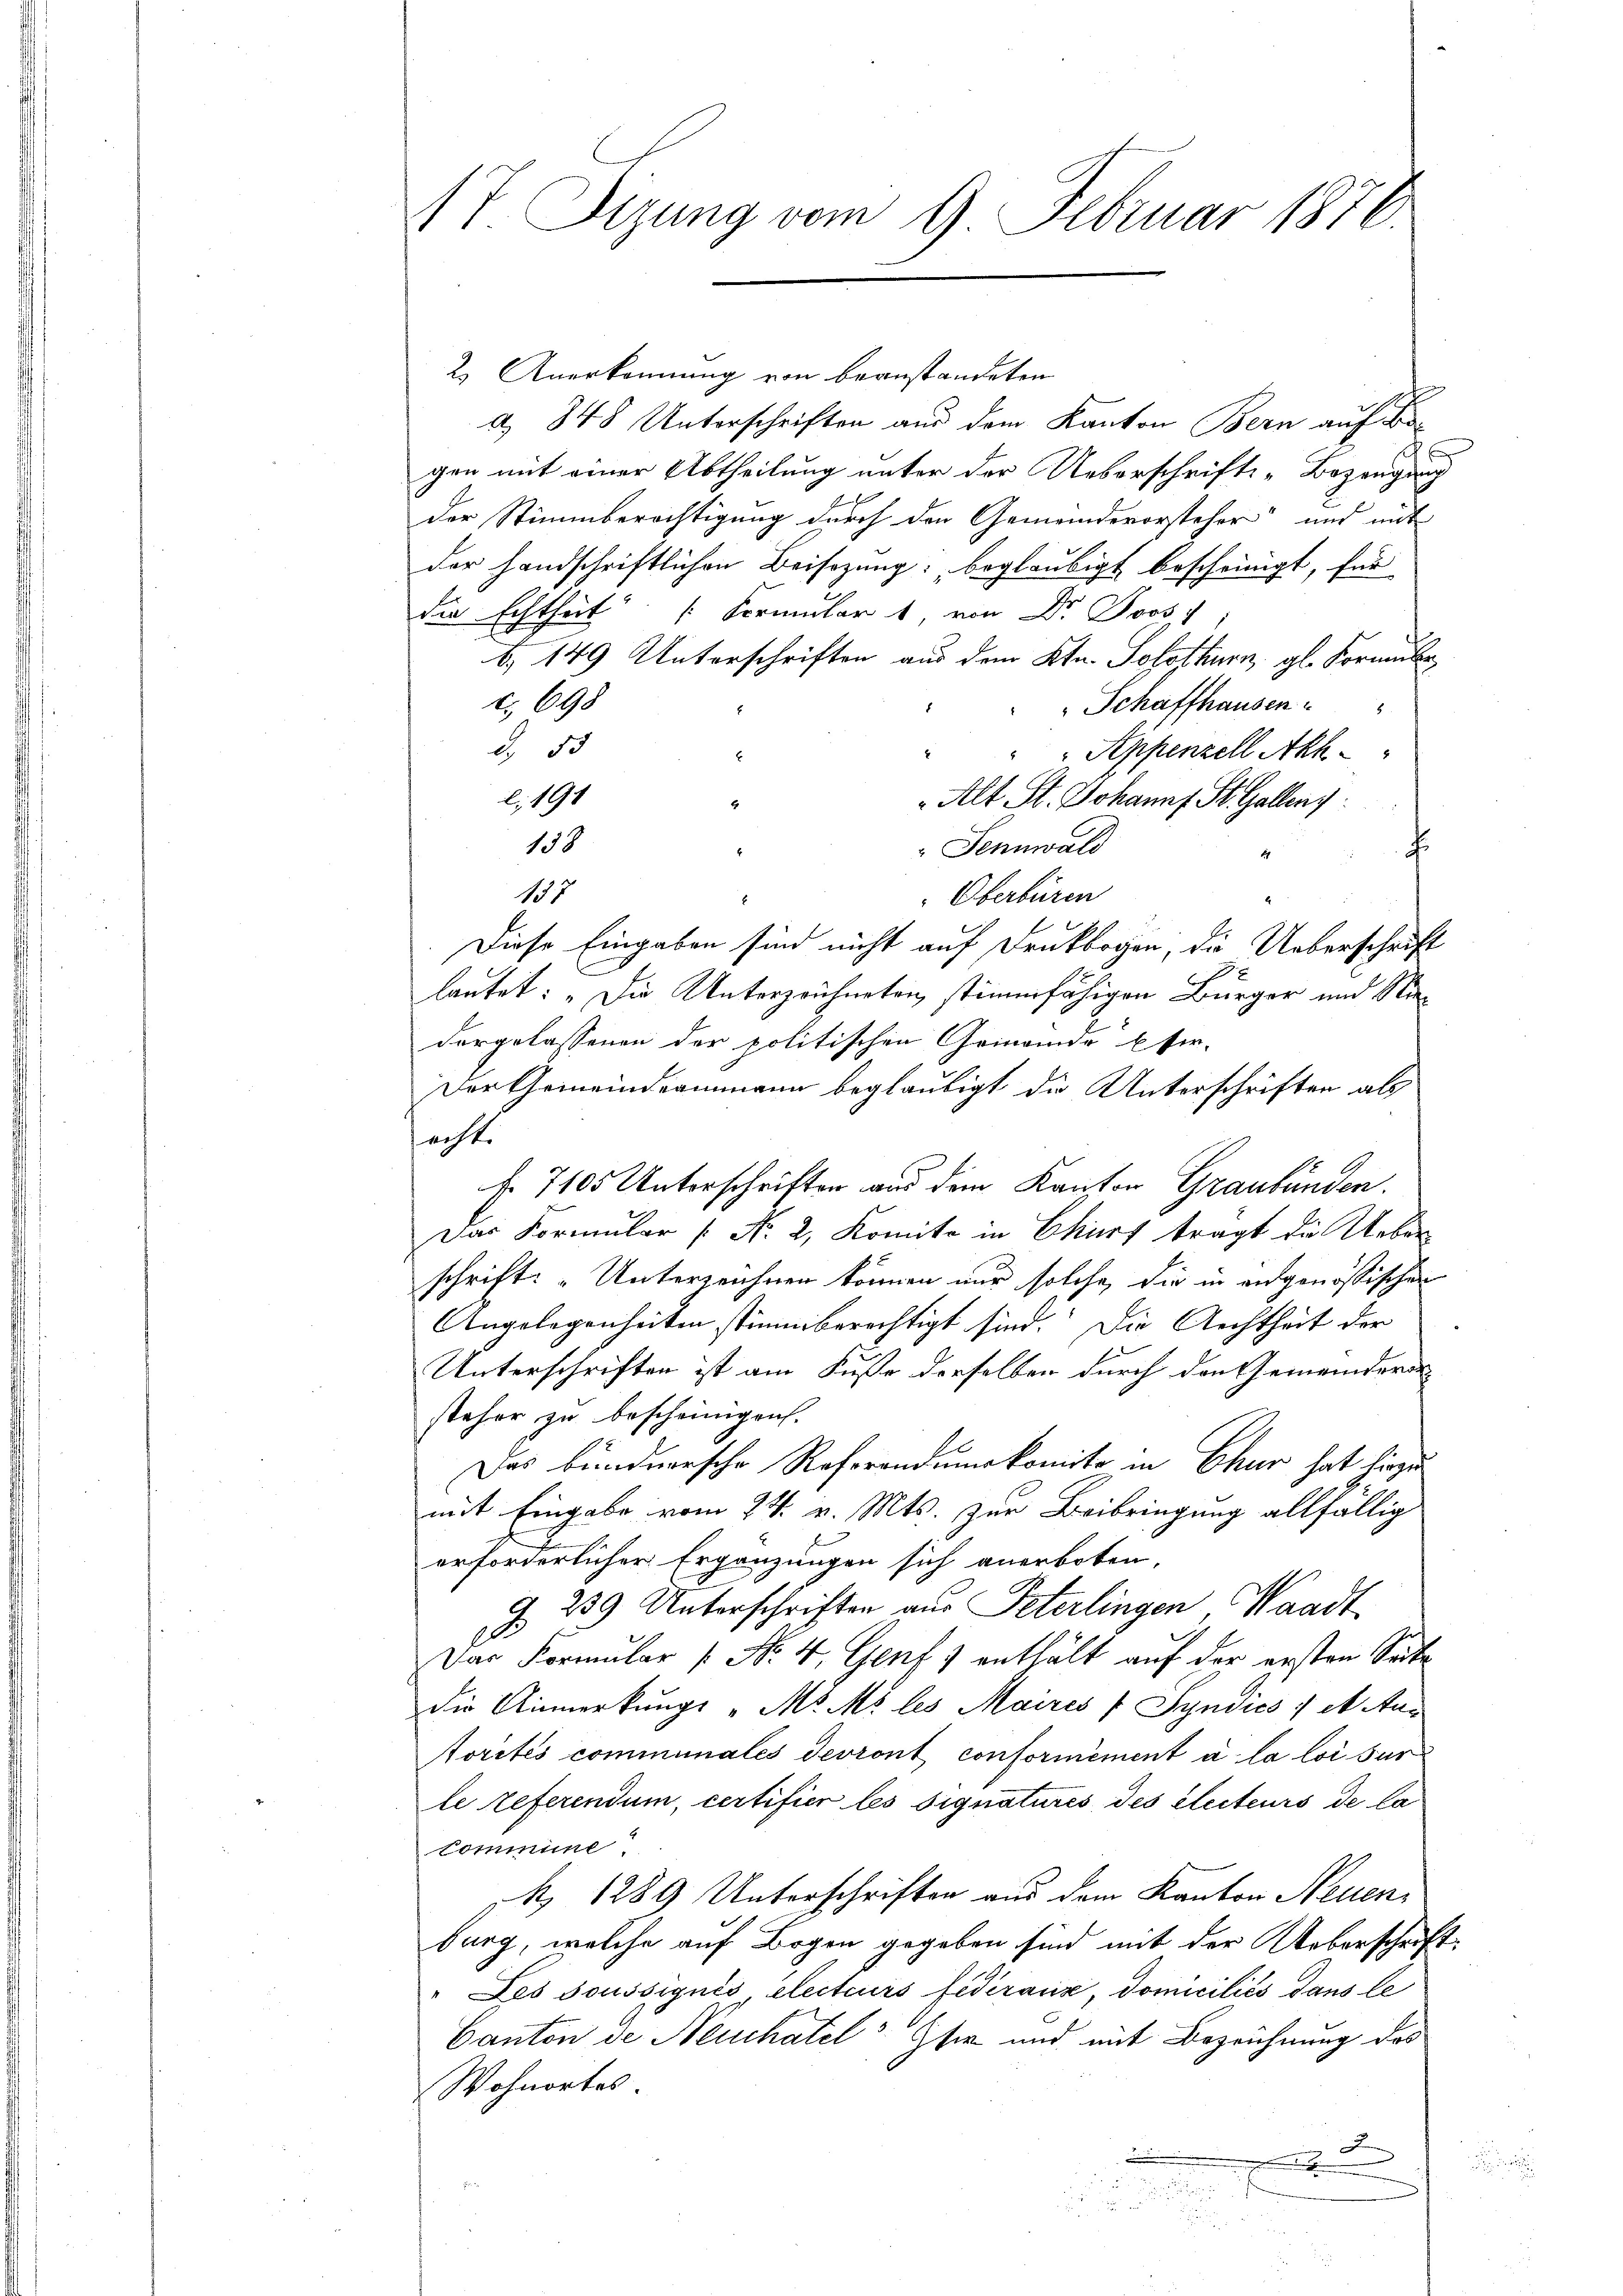
1t. Sizung vom 9. Februar 1876.

2. Anerkennung von beanstandeten
a 848 Unterschriften aus dem Kanton Bern auf
gen mit einer Abtheilung unter der Ueberschrifts-Bezeugung
der Stimmberechtigung durch den Gemeindevorsteher“ und mit
der Handschriftlichen Beisezung beglaubigt bescheinigt, für
die Echtheit Formular 1, von Dr. Joos
b. 149 Unterschriften aus dem Ktn. Solothurn, gl. Formulec, 698
Schaffhausen."
d., 55
Appenzell Ah
x
l.191
Alt St. Johann St. Gallens
4
158
" Sennwald
F
137
Oberbüren
Diese Eingaben sind nicht auf Druckbogen, die Ueberschrift
lautet: „Die Unterzeichneten, stimmfähigen Bürger und Niedergelassenen der politischen Gemeinde Eser-
Der Gemeindeammann beglaubigt die Unterschriften als
echt.
f. 7105 Unterschriften aus dem Kanton Graubünden.
Das Formular [No 2. Komite in Ekurs tragt die Ueber
schrift: „Unterzeichnen können nur solche, die in angenössischen
Angelegenheiten stimmberechtigt sind. Die Archtheit der
Unterschriften ist am Fuße derselben durch den Gemeinderun
steher zu bescheinigen.
Das bundnersche Reforandumskomite in Chur hat hiezu
mit Eingabe vom 24. v. Mts. zur Beibringung allfällig
erforderlicher Ergänzungen sich anerboten
J. 239 Unterschriften aus Peterlingen Waadt
Dar Formular (Nr. 4, Genf 1 enthält auf der ersten Seite
die Anmerkungs „Mo Ms les Maires " Syndics / M. Autorités communales devront conformément à la loi sur
le referendum, certifier les signatures des Electeurs de la
Commune
A 1289 Unterschriften aus dem Kanton Neuenburg, welche auf Bogen gegeben sind mit der Ueberschrift
" Les soussignés, electeurs fédéraux domiciliés dans le
Canton de Neuchatel Ihre und mit Bezeichnung des
Wohnortes.
i
.
e

.
e
e